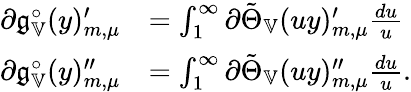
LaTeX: \begin{array}{rl}{\partial\mathfrak{g}_{\mathbb{V}}^{\circ}(y)_{m,\mu}^{\prime}}&{=\int_{1}^{\infty}\partial\tilde{\Theta}_{\mathbb{V}}(uy)_{m,\mu}^{\prime}\frac{du}{u}}\\ {\partial\mathfrak{g}_{\mathbb{V}}^{\circ}(y)_{m,\mu}^{\prime\prime}}&{=\int_{1}^{\infty}\partial\tilde{\Theta}_{\mathbb{V}}(uy)_{m,\mu}^{\prime\prime}\frac{du}{u}.}\end{array}